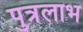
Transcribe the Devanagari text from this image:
पुत्रलाभ